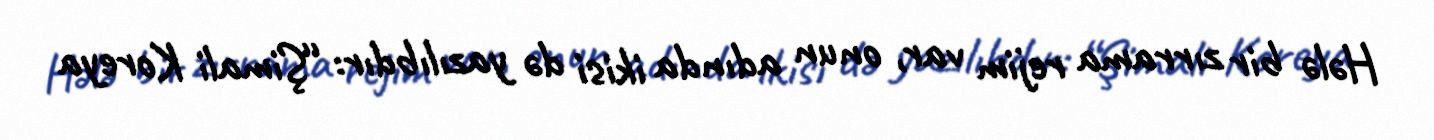
Hələ bir zırrama rejim var, onun adında ikisi də yazılıbdır: “Şimali Koreya